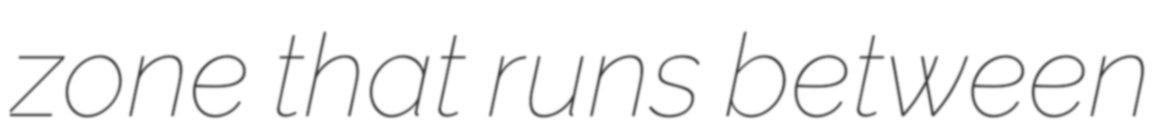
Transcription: zone that runs between